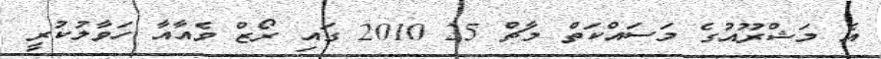
އެ މަޝްރޫއުގެ މަސައްކަތް މާޗް 25 2010 ގައި ރޯޒް ވެއާއާ ހަވާލުކުރީ